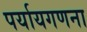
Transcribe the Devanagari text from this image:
पर्यायगणना